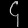
Digit: ၄